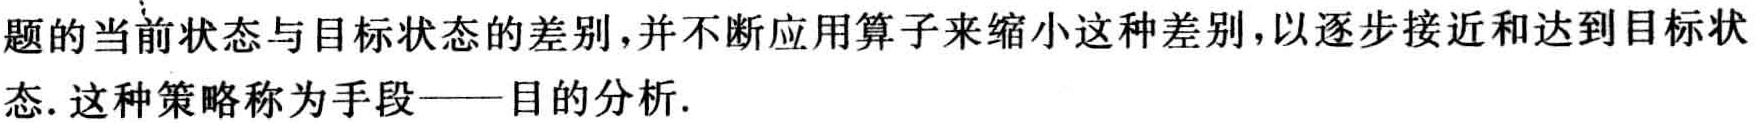
题的当前状态与目标状态的差别,并不断应用算子来缩小这种差别,以逐步接近和达到目标状态. 这种策略称为手段——目的分析.